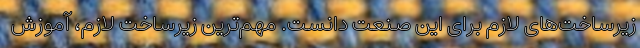
زیرساخت‌های لازم برای این صنعت دانست. مهم‌ترین زیرساخت لازم، آموزش